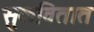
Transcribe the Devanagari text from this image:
सुकवितात